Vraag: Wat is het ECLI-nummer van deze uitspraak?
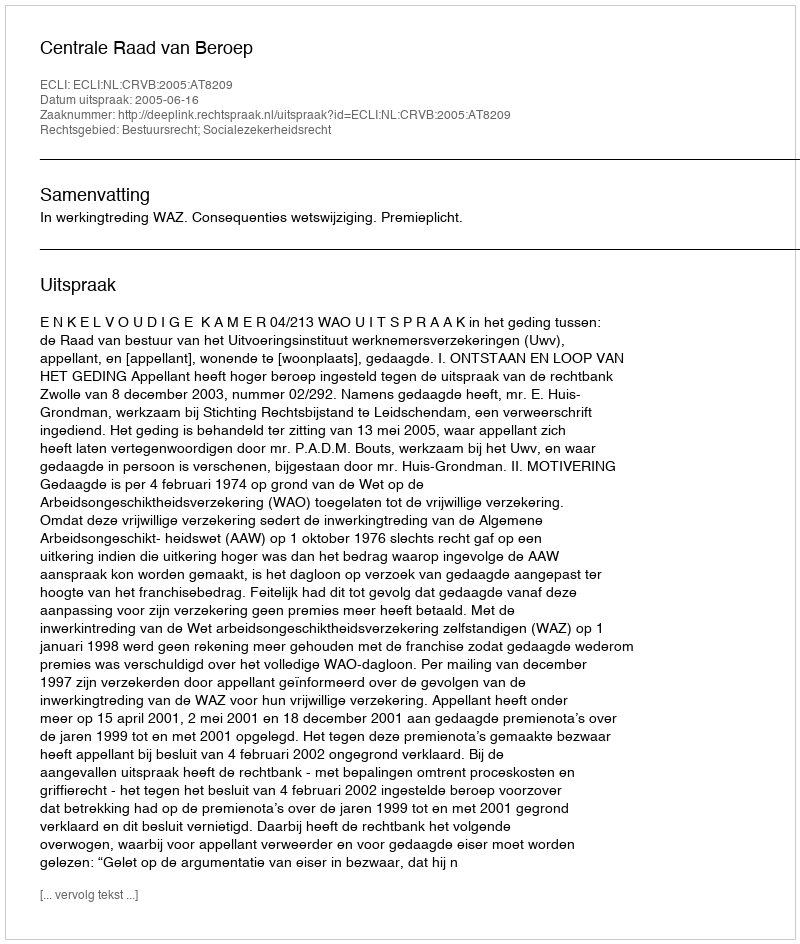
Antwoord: ECLI:NL:CRVB:2005:AT8209